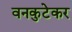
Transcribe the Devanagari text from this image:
वनकुटेकर